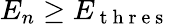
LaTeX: E_{n}\geq E_{\mathrm{~t~h~r~e~s~}}